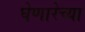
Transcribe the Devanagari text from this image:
घेणारेच्या